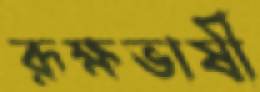
রূক্ষভাষী